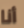
أنا